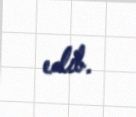
edib.